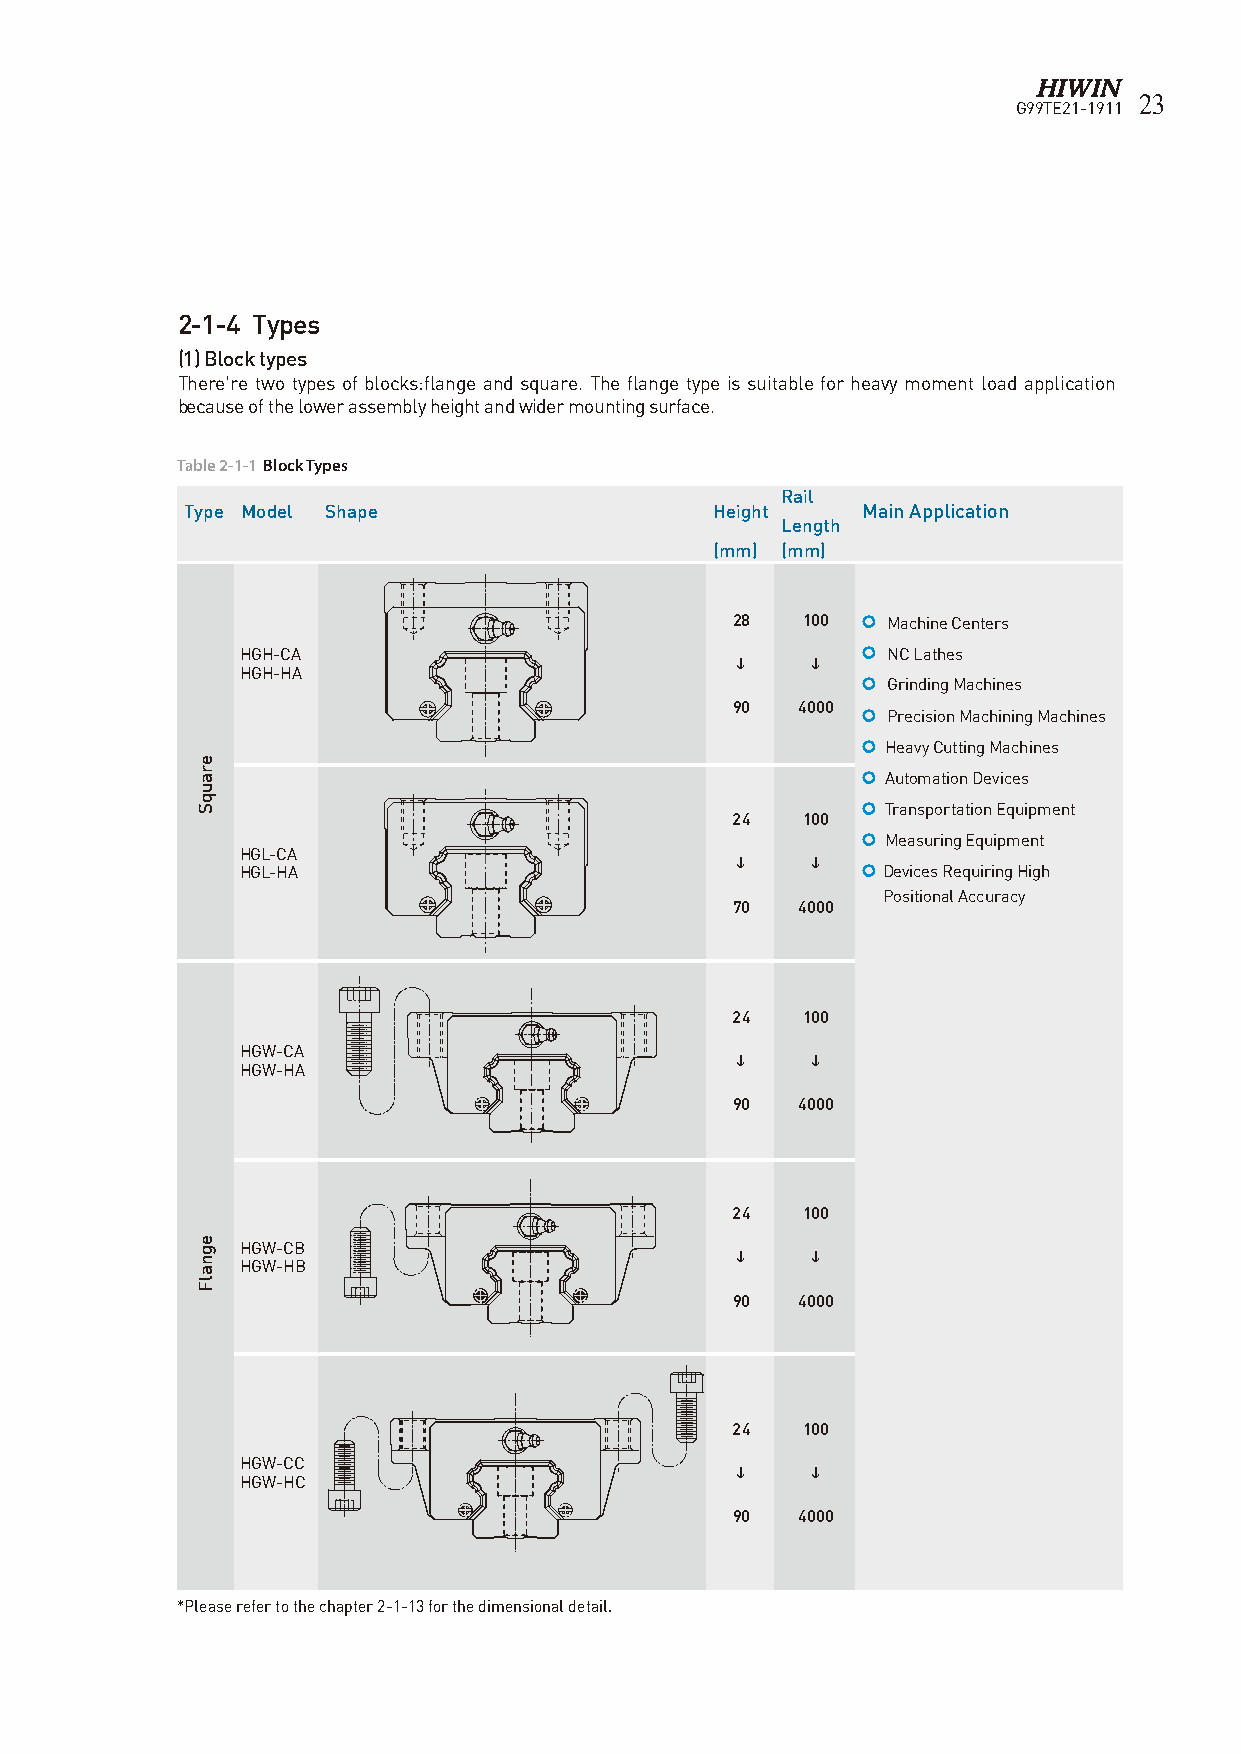
23
 G99TE21-1911
 2-1-4 Types
 (1) Block types
 There’re two types of blocks:flange and square. The flange type is suitable for heavy moment load application
 because of the lower assembly height and wider mounting surface.
 Table 2-1-1 Block Types
 Rail
 Type Model Shape                   Height    Main Application
 Length
 (mm) (mm)
 28   100  Machine Centers
 HGH-CA                                    NC Lathes
     
 HGH-HA
  Grinding Machines
 90   4000
  Precision Machining Machines
  Heavy Cutting Machines
  Automation Devices
  Transportation Equipment
 24   100
  Measuring Equipment
 HGL-CA
 HGL-HA
     
  Devices Requiring High
 Positional Accuracy
 70   4000
 24   100
 HGW-CA
     
 HGW-HA
 90   4000
 24   100
 HGW-CB
     
 HGW-HB
 90   4000
 24   100
 HGW-CC
     
 HGW-HC
 90   4000
 *Please refer to the chapter 2-1-13 for the dimensional detail.
 erauqS
 egnalF